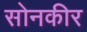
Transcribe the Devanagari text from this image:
सोनकीर